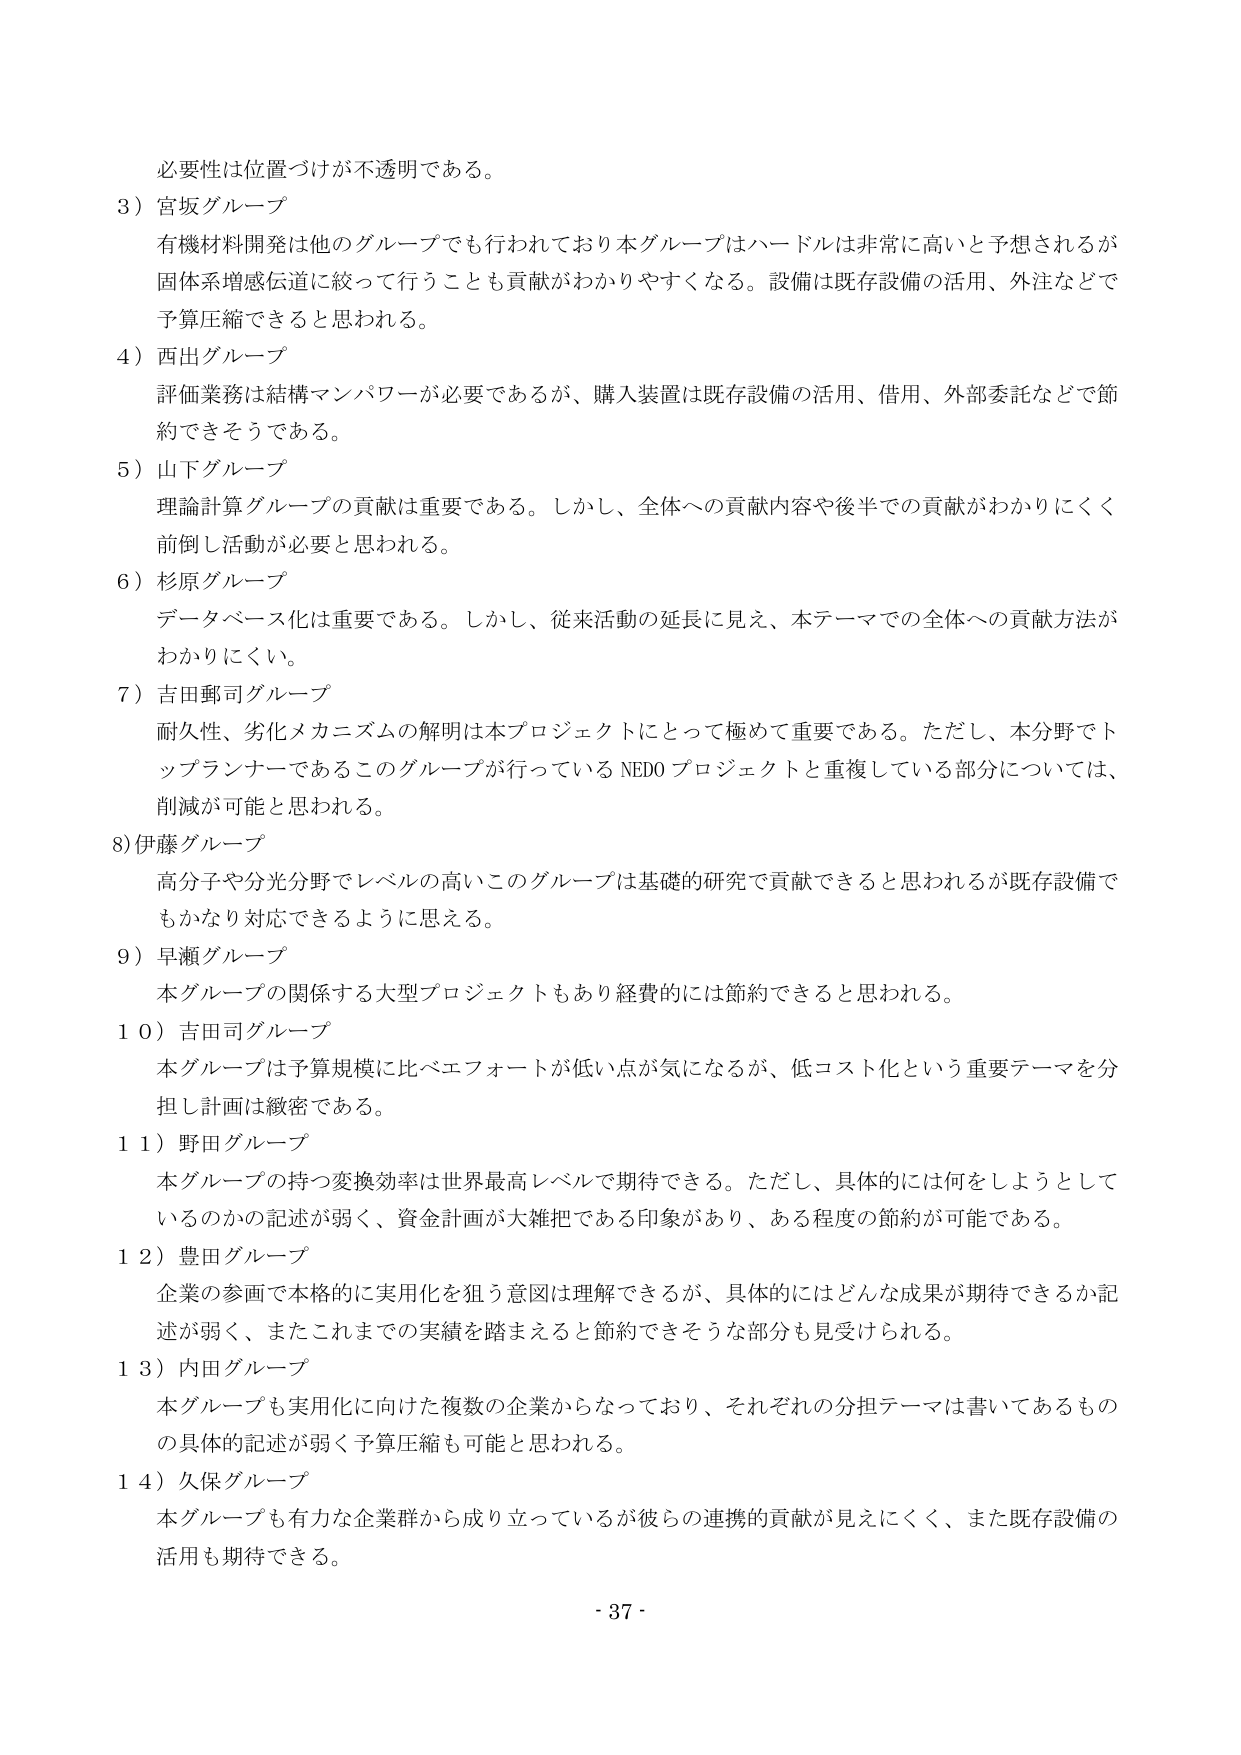
必要性は位置づけが不透明である。

3）宮坂グループ
有機材料開発は他のグループでも行われており本グループはハードルは非常に高いと予想されるが
固体系増感伝道に絞って行うことも貢献がわかりやすくなる。設備は既存設備の活用、外注などで
予算圧縮できると思われる。

4）西出グループ
評価業務は結構マンパワーが必要であるが、購入装置は既存設備の活用、借用、外部委託などで節
約できそうである。

5）山下グループ
理論計算グループの貢献は重要である。しかし、全体への貢献内容や後半での貢献がわかりにくく
前倒し活動が必要と思われる。

6）杉原グループ
データベース化は重要である。しかし、従来活動の延長に見え、本テーマでの全体への貢献方法が
わかりにくい。

7）吉田郵司グループ
耐久性、劣化メカニズムの解明は本プロジェクトにとって極めて重要である。ただし、本分野でト
ップランナーであるこのグループが行っているNEDOプロジェクトと重複している部分については、
削減が可能と思われる。

8）伊藤グループ
高分子や分光分野でレベルの高いこのグループは基礎的研究で貢献できると思われるが既存設備で
もかなり対応できるように思える。

9）早瀬グループ
本グループの関係する大型プロジェクトもあり経費的には節約できると思われる。

10）吉田司グループ
本グループは予算規模に比べエフォートが低い点が気になるが、低コスト化という重要テーマを分
担し計画は緻密である。

11）野田グループ
本グループの持つ変換効率は世界最高レベルで期待できる。ただし、具体的には何をしようとして
いるのかの記述が弱く、資金計画が大雑把である印象があり、ある程度の節約が可能である。

12）豊田グループ
企業の参画で本格的に実用化を狙う意図は理解できるが、具体的にはどんな成果が期待できるか記
述が弱く、またこれまでの実績を踏まえると節約できそうな部分も見受けられる。

13）内田グループ
本グループも実用化に向けた複数の企業からなっており、それぞれの分担テーマは書いてあるもの
の具体的記述が弱く予算圧縮も可能と思われる。

14）久保グループ
本グループも有力な企業群から成り立っているが彼らの連携の貢献が見えにくく、また既存設備の
活用も期待できる。

- 37 -